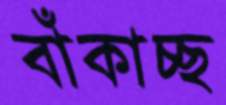
বাঁকাচ্ছ